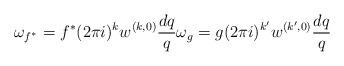
LaTeX: \begin{align*} \omega_{f^*}={f^*}(2\pi i)^kw^{(k,0)}\frac{dq}{q} \omega_g=g(2\pi i)^{k'} w^{(k',0)}\frac{dq}{q} \end{align*}